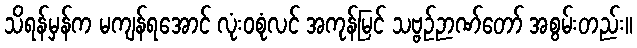
သိရန်မှန်က မကျန်ရအောင် လုံးဝစုံလင် အကုန်မြင် သဗ္ဗဉ်ဉာဏ်တော် အစွမ်းတည်း။